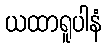
ယထာရူပါနံ